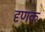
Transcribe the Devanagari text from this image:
दृणक